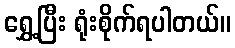
ရွှေ့ပြီး ရုံးစိုက်ရပါတယ်။